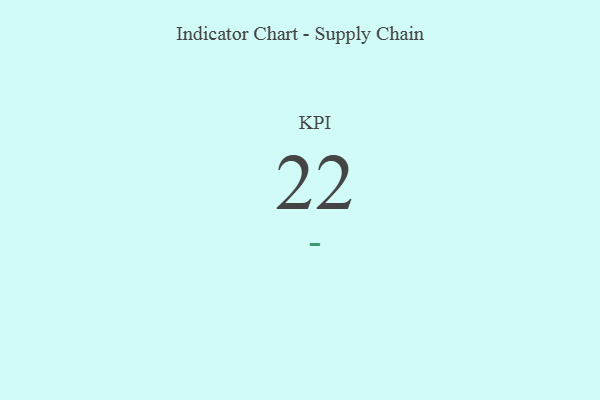
{"axis": {"x": "KPI", "y": "Value"}, "legend": [""], "data": [{"x": "KPI", "y": 22, "type": ""}]}